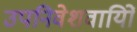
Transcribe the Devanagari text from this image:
उपनिवेशवायिों